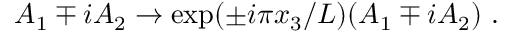
A _ { 1 } \mp i A _ { 2 } \to \exp ( \pm i \pi x _ { 3 } / L ) ( A _ { 1 } \mp i A _ { 2 } ) \ .